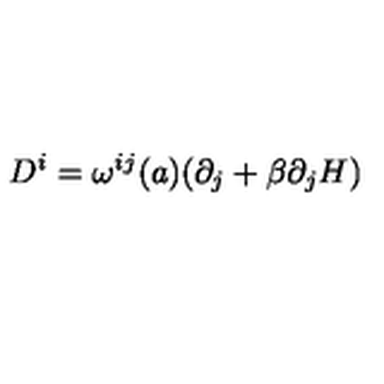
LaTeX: D ^ { i } = \omega ^ { i j } ( a ) ( \partial _ { j } + \beta \partial _ { j } H )